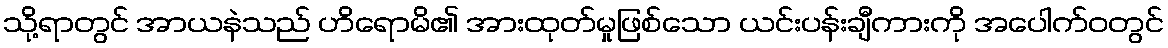
သို့ရာတွင် အာယနဲသည် ဟိရောမိ၏ အားထုတ်မှုဖြစ်သော ယင်းပန်းချီကားကို အပေါက်ဝတွင်